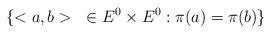
\begin{align*} \{ <a,b> ~ \in E^0 \times E^0 : \pi(a) = \pi(b) \} \end{align*}